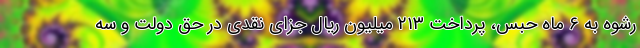
رشوه به ۶ ماه حبس، پرداخت ۲۱۳ میلیون ریال جزای نقدی در حق دولت و سه